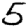
Digit: 5